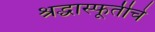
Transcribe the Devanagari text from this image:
श्रद्धास्फूर्तीचे